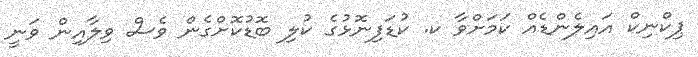
ޕިކްނިކް އައިލެންޑެއް ކަމަށްވާ ކ. ކުޑަފިނޮޅުގެ ކުލި ބޮޑުކޮށްގެން ވެސް ވިލާއިން ވަނީ